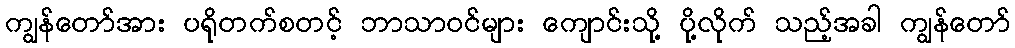
ကျွန်တော်အား ပရိုတက်စတင့် ဘာသာဝင်များ ကျောင်းသို့ ပို့လိုက် သည့်အခါ ကျွန်တော်